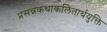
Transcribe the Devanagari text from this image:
प्रसन्नकथाकलितार्थयुक्ति